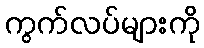
ကွက်လပ်များကို